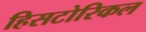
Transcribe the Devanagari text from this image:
हिसटोरिकल